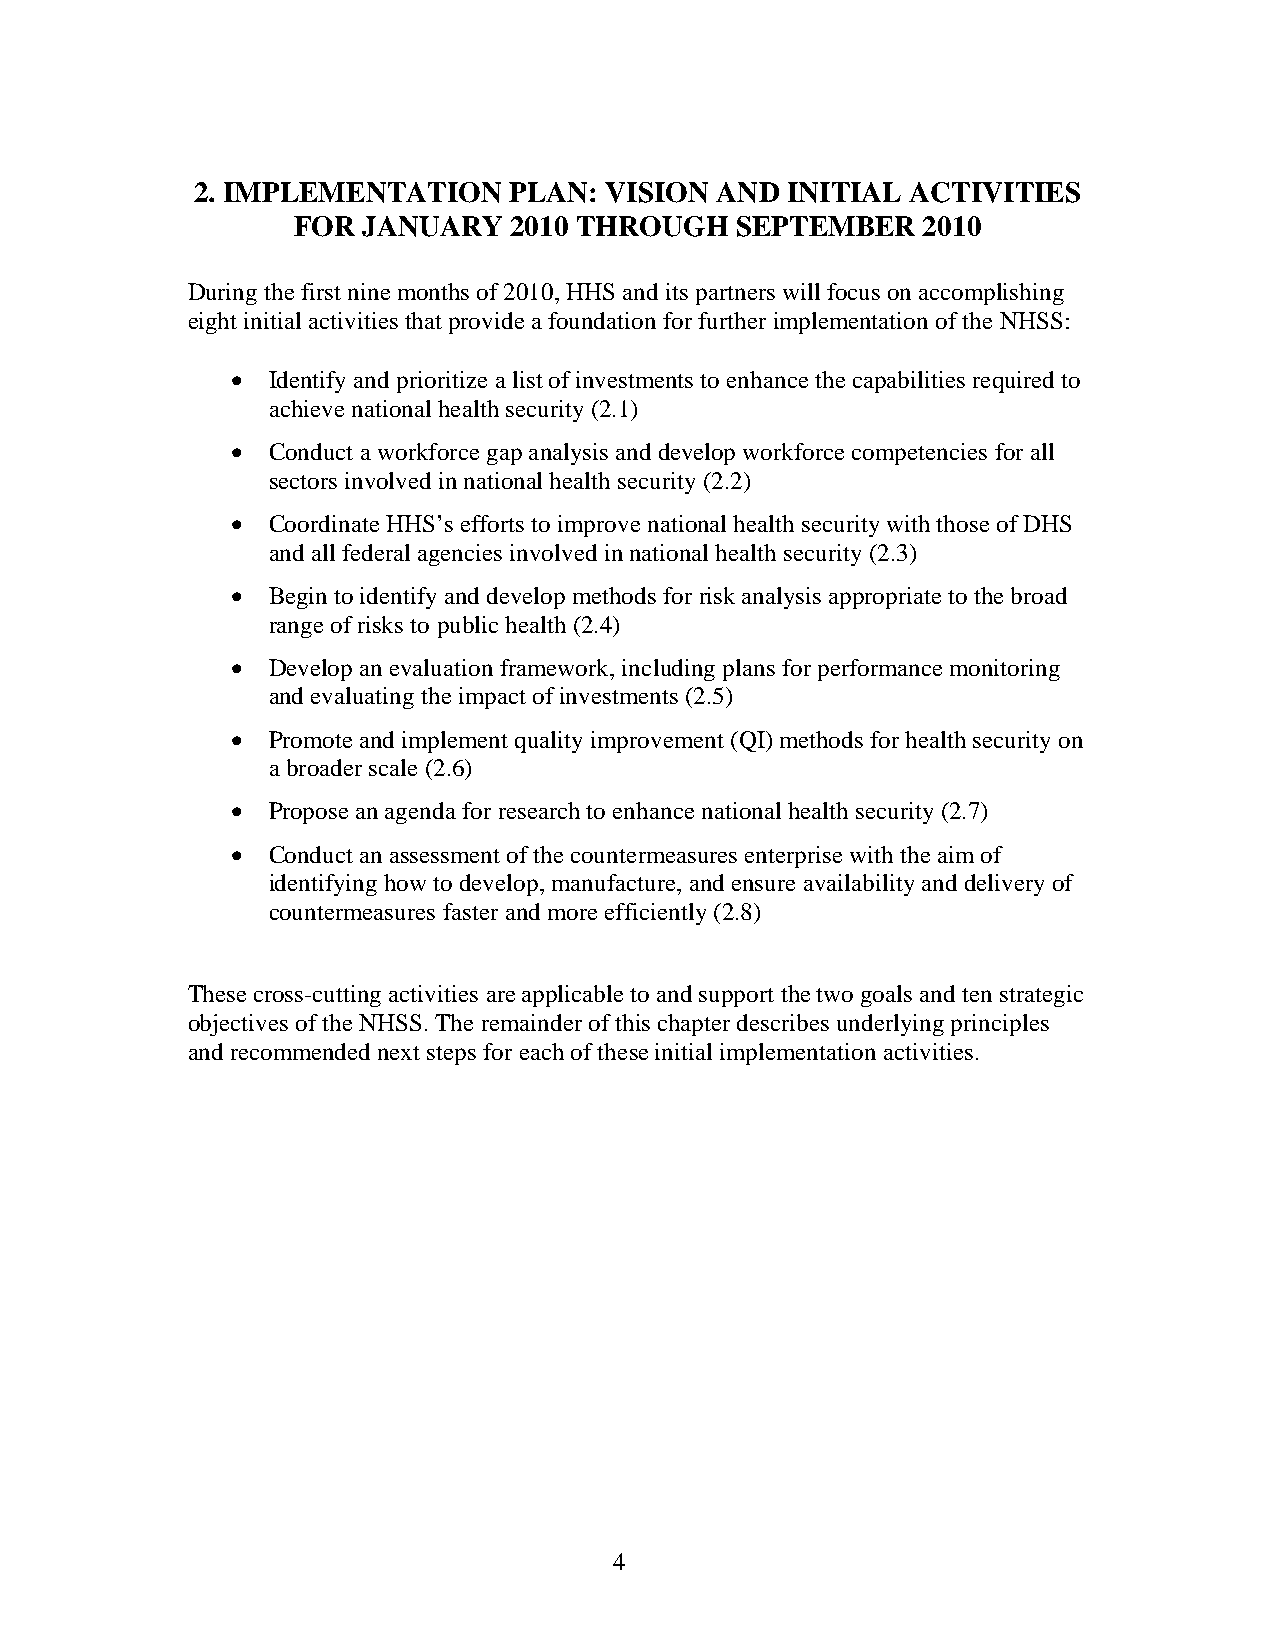
2. IMPLEMENTATION    PLAN: VISION AND  INITIAL ACTIVITIES
 FOR  JANUARY   2010 THROUGH   SEPTEMBER   2010
 During the first nine months of 2010, HHS and its partners will focus on accomplishing
 eight initial activities that provide a foundation for further implementation of the NHSS:
   Identify and prioritize a list of investments to enhance the capabilities required to
 achieve national health security (2.1)
   Conduct a workforce gap analysis and develop workforce competencies for all
 sectors involved in national health security (2.2)
   Coordinate HHS’s efforts to improve national health security with those of DHS
 and all federal agencies involved in national health security (2.3)
   Begin to identify and develop methods for risk analysis appropriate to the broad
 range of risks to public health (2.4)
   Develop an evaluation framework, including plans for performance monitoring
 and evaluating the impact of investments (2.5)
   Promote and implement quality improvement (QI) methods for health security on
 a broader scale (2.6)
   Propose an agenda for research to enhance national health security (2.7)
   Conduct an assessment of the countermeasures enterprise with the aim of
 identifying how to develop, manufacture, and ensure availability and delivery of
 countermeasures faster and more efficiently (2.8)
 These cross-cutting activities are applicable to and support the two goals and ten strategic
 objectives of the NHSS. The remainder of this chapter describes underlying principles
 and recommended next steps for each of these initial implementation activities.
 4